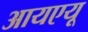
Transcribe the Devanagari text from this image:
आयएयू